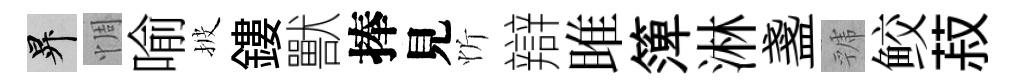
升惆喻披鏤獸捧見忻辯雎𥱼淋盞虢鲛菽